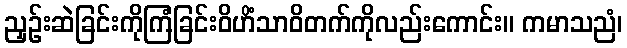
ညှဉ်းဆဲခြင်းကိုကြံခြင်းဝိဟိံသာဝိတက်ကိုလည်းကောင်း။ ကမာသညံ၊